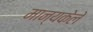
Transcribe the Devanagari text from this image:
मान्यकेले